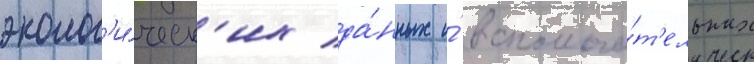
эколог'и́ческ'их да́нных и́ вспомога́т'ельных